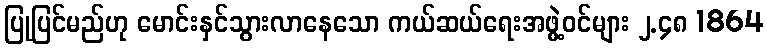
ပြုပြင်မည်ဟု မောင်းနှင်သွားလာနေသော ကယ်ဆယ်ရေးအဖွဲ့ဝင်များ ၂.၄၈ 1864